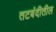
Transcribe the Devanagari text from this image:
तटबंदीतील